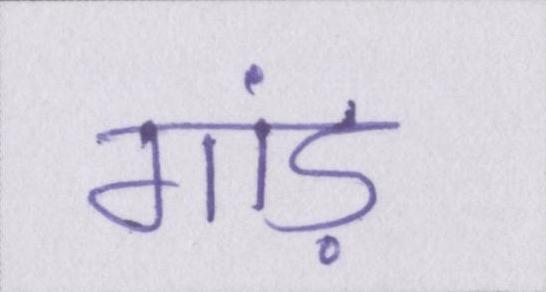
गांड़